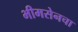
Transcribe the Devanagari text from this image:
भीमसेनचा